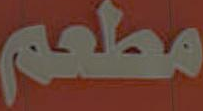
مطعم